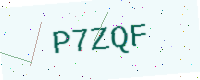
Text: P7ZQF